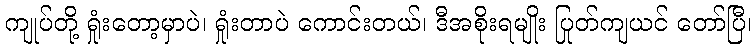
ကျုပ်တို့ ရှုံးတော့မှာပဲ၊ ရှုံးတာပဲ ကောင်းတယ်၊ ဒီအစိုးရမျိုး ပြုတ်ကျယင် တော်ပြီ၊